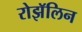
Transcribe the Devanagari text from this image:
रोझॅलिन